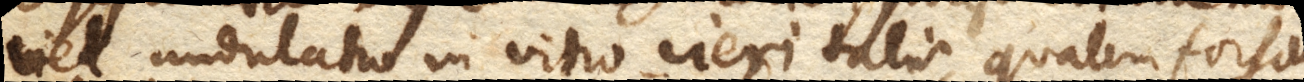
vel undulatio in vitro cieri talis, qualem forsan